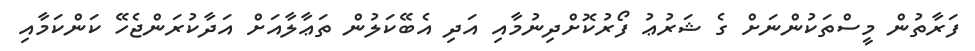
ފަރާތުން މީސްތަކުންނަށް ގެ ޝަރުޢު ފޯރުކޮށްދިނުމާއި އަދި އެބޭކަލުން ތަޢާލާއަށް އަދާކުރަންޖެހޭ ކަންކަމާއި